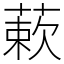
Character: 蔌